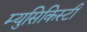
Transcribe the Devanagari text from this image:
म्युसिकिस्टी